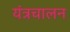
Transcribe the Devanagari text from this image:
यंत्रचालन